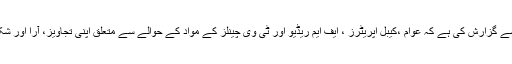
کونسل نے عوام الناس سے گزارش کی ہے کہ عوام ،کیبل اپریٹرز ، ایف ایم ریڈیو اور ٹی وی چینلز کے مواد کے حوالے سے متعلق اپنی تجاویز، آرا اور شکایات کونسل کو بھیجیں۔